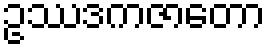
ဥဿဒကဇာတော